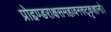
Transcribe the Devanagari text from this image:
प्रोद्दण्डराक्षसमहावनरुट्कृशानो।